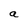
Character: a